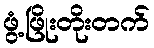
ဖွံ့ဖြိုးတိုးတက်